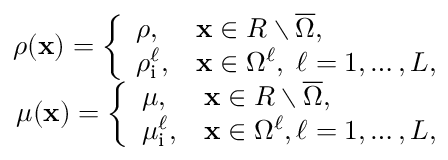
\begin{array} { r } { \rho ( \mathbf x ) = \left\{ \begin{array} { l l } { \rho , } & { \mathbf x \in R \setminus \overline { { \Omega } } , } \\ { \rho _ { \mathrm { i } } ^ { \ell } , } & { \mathbf x \in \Omega ^ { \ell } , \; \ell = 1 , \ldots , L , } \end{array} \right. } \\ { \mu ( \mathbf x ) = \left\{ \begin{array} { l l } { \mu , } & { \mathbf x \in R \setminus \overline { { \Omega } } , } \\ { \mu _ { \mathrm { i } } ^ { \ell } , } & { \mathbf x \in \Omega ^ { \ell } , \ell = 1 , \ldots , L , } \end{array} \right. } \end{array}